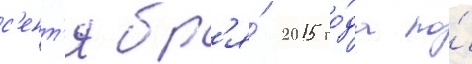
с'ент'ябр'я́ 2015 го́да по́